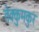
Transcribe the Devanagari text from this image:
तेक्कुमकुर